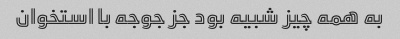
به همه چیز شبیه بود جز جوجه با استخوان